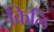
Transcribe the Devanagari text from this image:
किलि